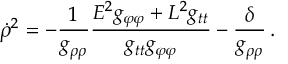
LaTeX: \dot { \rho } ^ { 2 } = - \frac { 1 } { g _ { \rho \rho } } \frac { E ^ { 2 } g _ { \varphi \varphi } + L ^ { 2 } g _ { t t } } { g _ { t t } g _ { \varphi \varphi } } - \frac { \delta } { g _ { \rho \rho } } \, .